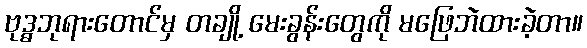
ဗုဒ္ဓဘုရားတောင်မှ တချို့ မေးခွန်းတွေကို မဖြေဘဲထားခဲ့တာ။